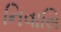
નિવાસિ